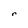
Character: r